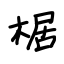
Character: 椐